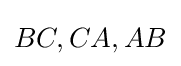
BC,CA,AB